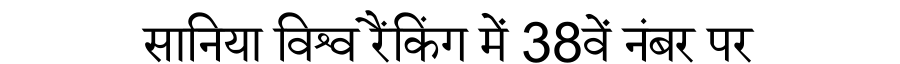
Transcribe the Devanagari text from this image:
सानिया विश्व रैंकिंग में 38वें नंबर पर